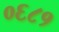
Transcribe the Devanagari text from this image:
०६८१